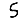
Digit: 5